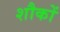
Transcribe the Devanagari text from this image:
शौकों